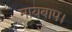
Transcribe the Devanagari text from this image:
मायबाप।